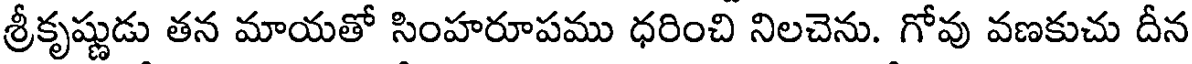
శ్రీకృష్ణుడు తన మాయతో సింహరూపము ధరించి నిలచెను. గోవు వణకుచు దీన